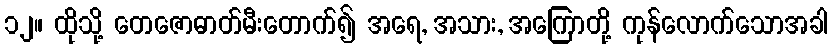
၁၂။ ထိုသို့ တေဇောဓာတ်မီးတောက်၍ အရေ, အသား, အကြောတို့ ကုန်လောက်သောအခါ